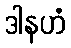
ဒါနဟံ